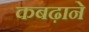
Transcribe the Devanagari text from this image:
कबढ़ाने